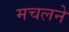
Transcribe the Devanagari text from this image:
मचलने